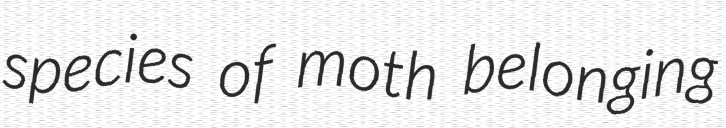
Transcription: species of moth belonging